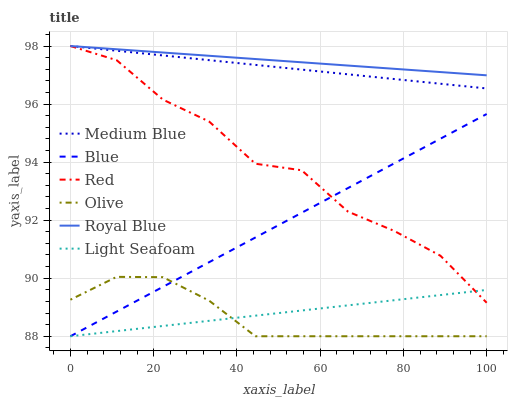
| xaxis_label | Medium Blue | Blue | Red | Olive | Royal Blue | Light Seafoam |
 | --- | --- | --- | --- | --- | --- | --- |
 | 0 | 98 | 88 | 98 | 89.3 | 98 | 88 |
 | 11.1 | 97.8 | 88.9 | 97.5 | 90 | 97.9 | 88.2 |
 | 22.2 | 97.7 | 89.7 | 96.2 | 90 | 97.8 | 88.4 |
 | 33.3 | 97.5 | 90.6 | 95.4 | 89.2 | 97.7 | 88.5 |
 | 44.4 | 97.3 | 91.4 | 93.9 | 88 | 97.6 | 88.7 |
 | 55.6 | 97.2 | 92.3 | 93.7 | 88 | 97.4 | 88.9 |
 | 66.7 | 97 | 93.1 | 92.3 | 88 | 97.3 | 89.1 |
 | 77.8 | 96.9 | 94 | 91.6 | 88 | 97.2 | 89.2 |
 | 88.9 | 96.7 | 94.8 | 90.8 | 88 | 97.1 | 89.4 |
 | 100 | 96.5 | 95.7 | 89.2 | 88 | 97 | 89.6 |